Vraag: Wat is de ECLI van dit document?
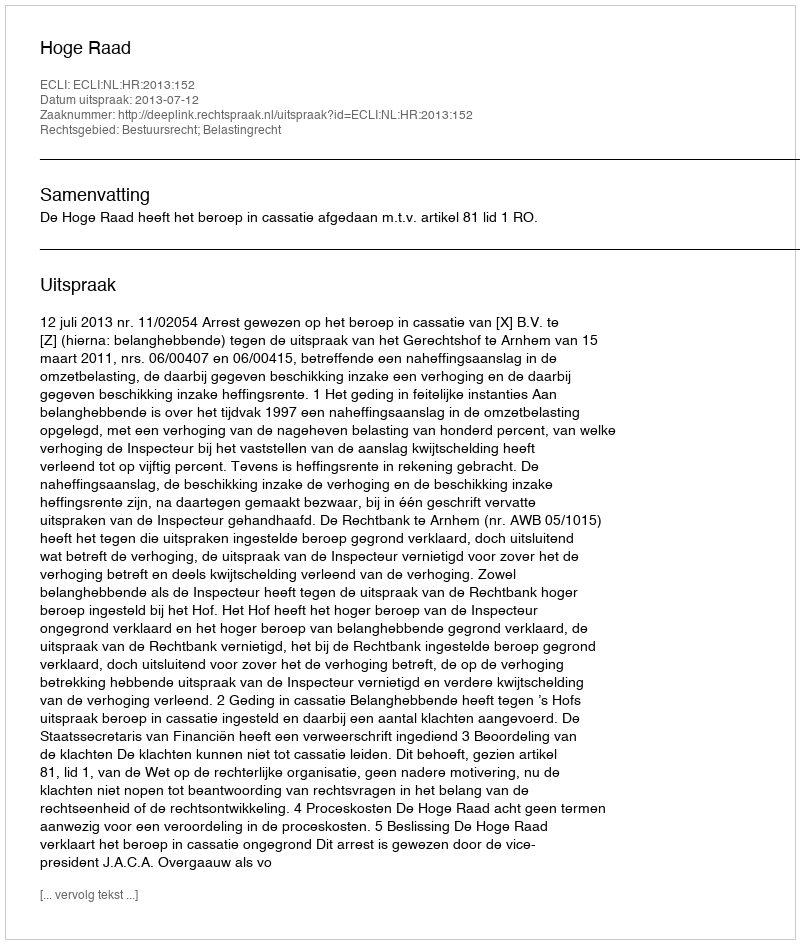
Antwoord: ECLI:NL:HR:2013:152